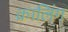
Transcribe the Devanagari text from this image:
क्रालिंग